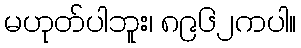
မဟုတ်ပါဘူး၊ ၈၉၆၂ကပါ။